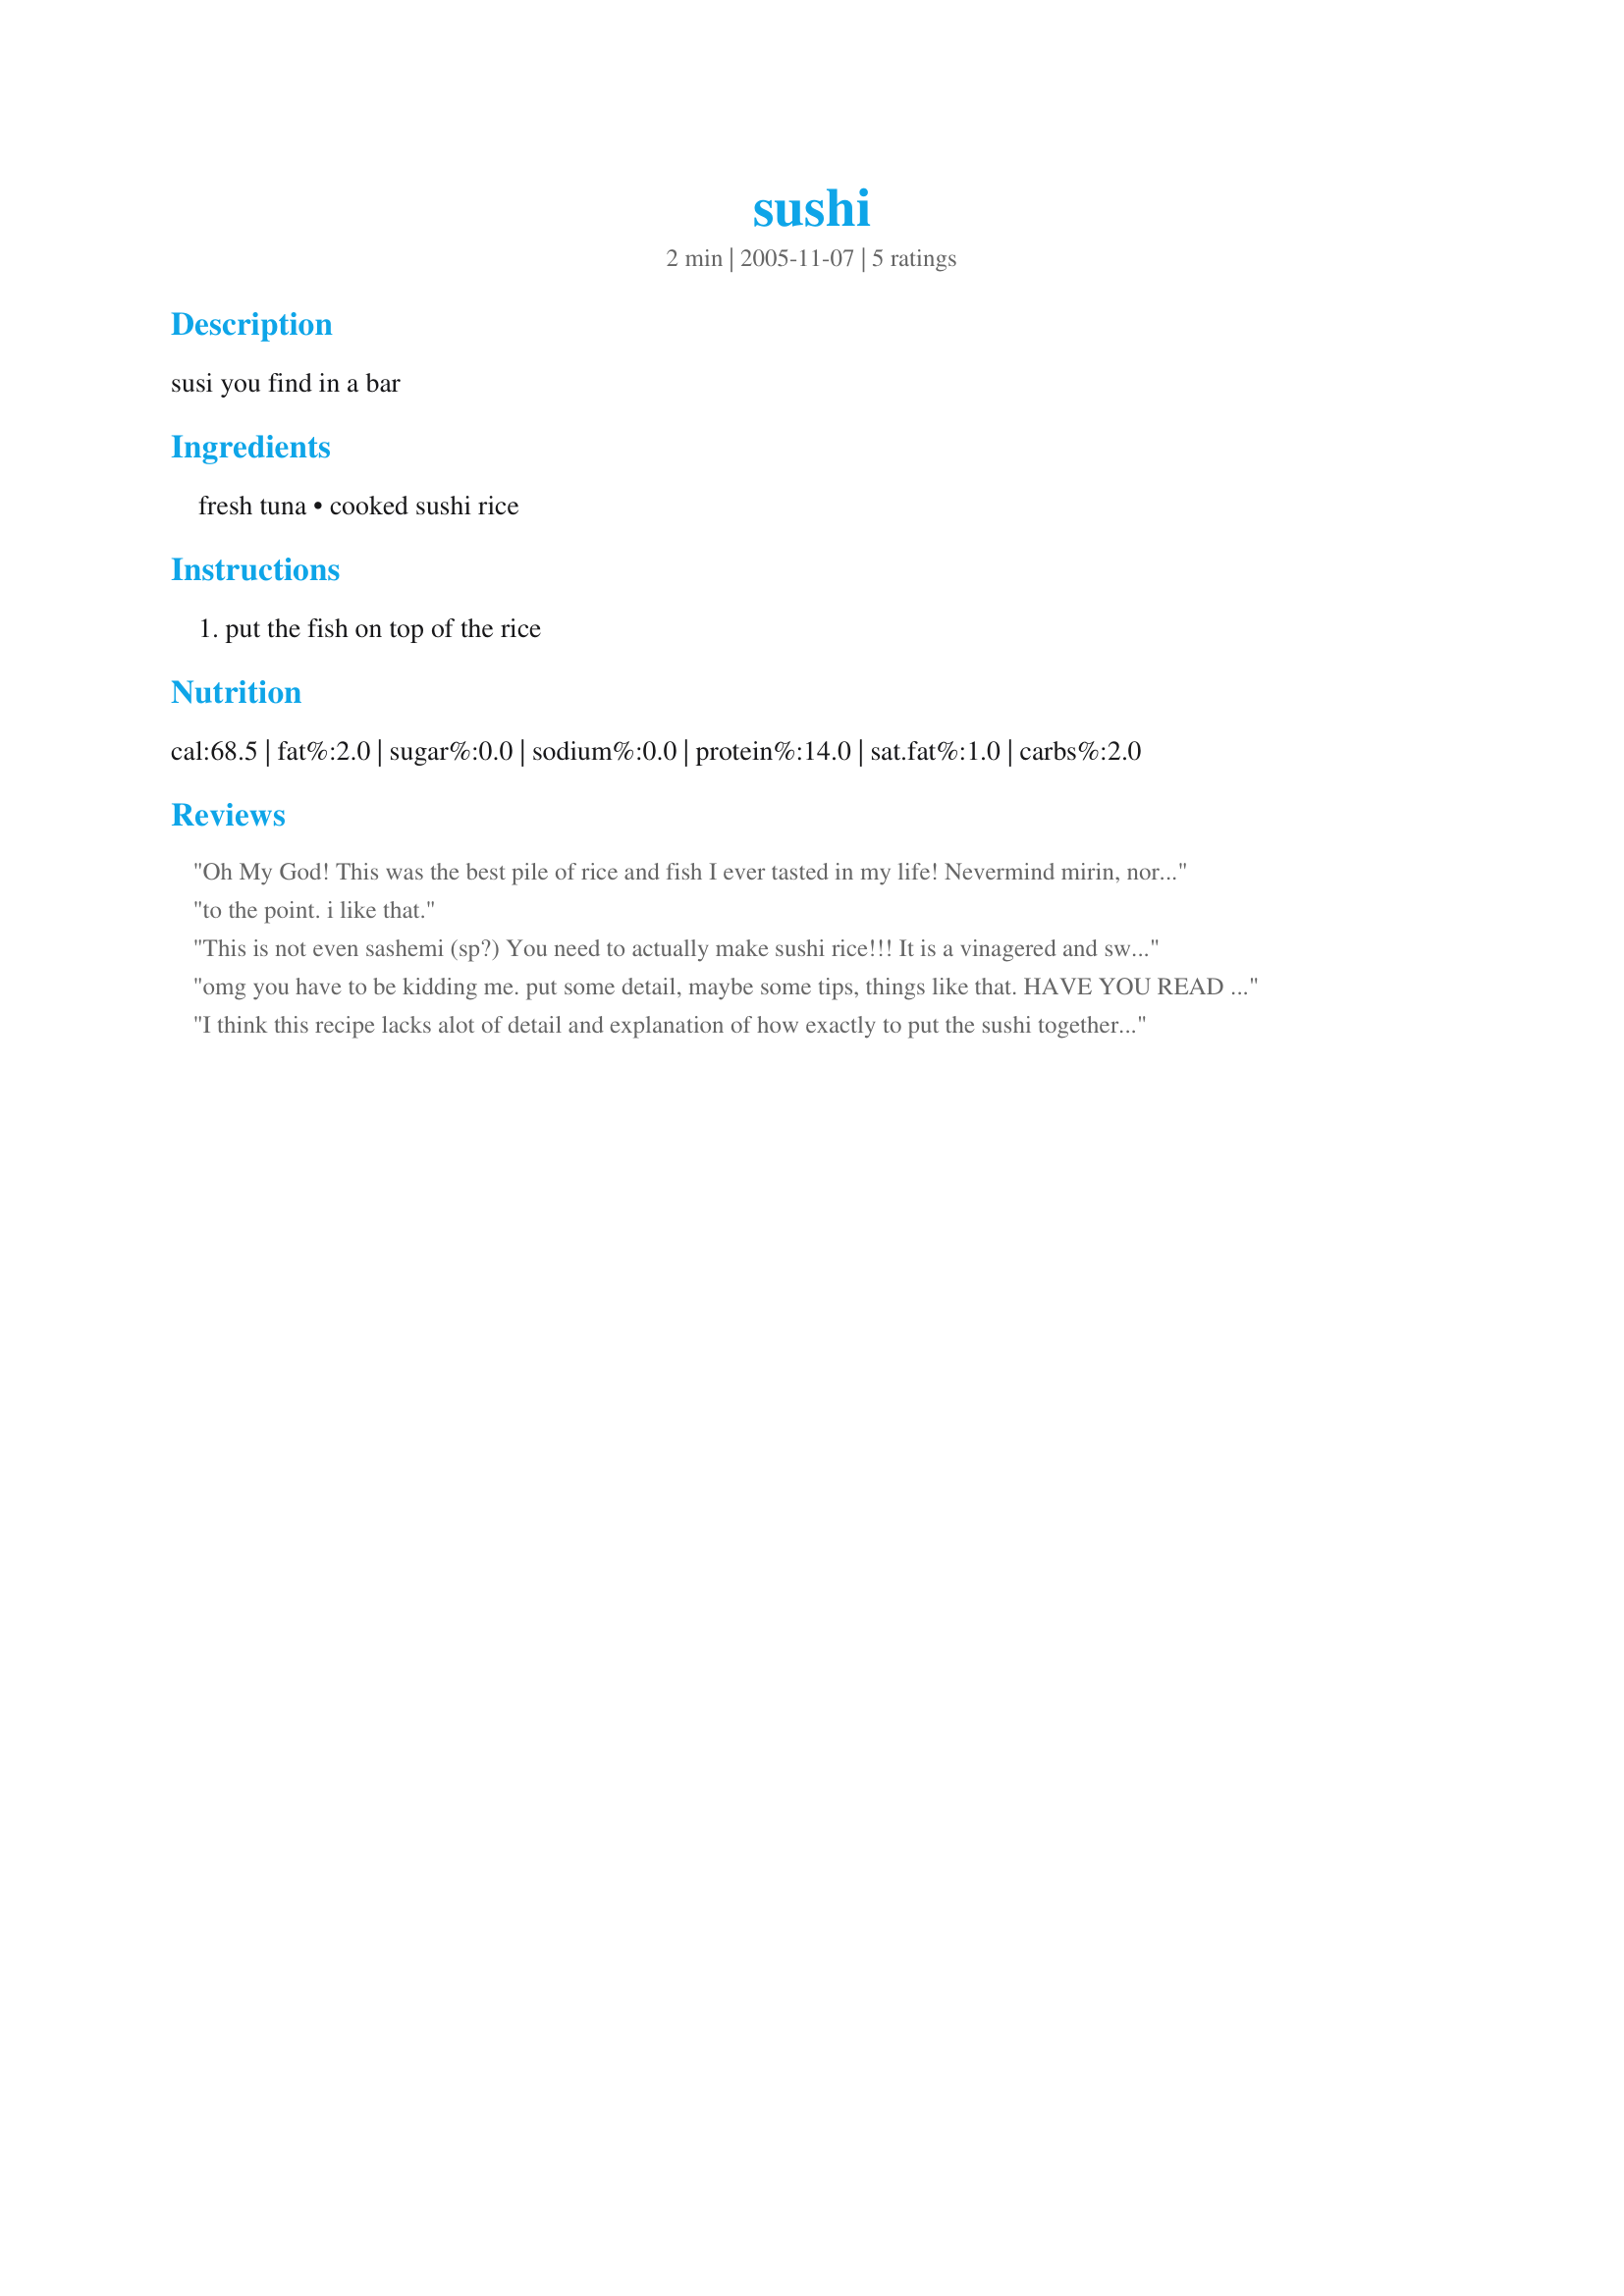
sushi
Preparation time: 2 minutes

susi you find in a bar

Ingredients:
fresh tuna, cooked sushi rice

Steps:
put the fish on top of the rice

Reviews:
Oh My God! This was the best pile of rice and fish I ever tasted in my life! Nevermind mirin, nori sheets or designer fillings this is mind blowing, but for some reason my Japanese friend had the nerve to tell me it was not like what they serve in Tokyo!
to the point. i like that.
This is not even sashemi (sp?) You need to actually make sushi rice!!! It is a vinagered and sweetened rice then you must use sushi grade tuna!! Be very careful making with just any raw tuna!!!!
omg you have to be kidding me. put some detail, maybe some tips, things like that. HAVE YOU READ ANY OTHER RECIPES ON THIS SITE?? This site is to HELP beginner and expert chefs, NOT annoy them, which what happened to me. So stop trying to be funny. No one's laughing.
I think this recipe lacks alot of detail and explanation of how exactly to put the sushi together. I guess if I thought about it, I could figure it but maybe there could put a little more detail in it because you could get questions like "do I just pile fresh fish on a pile of rice?" and that wouldn't be sushi as people know it and I know hte beginner sushi maker like me wants as much detail as possible. Describe maybe how to set up the rice? Just an idea.
